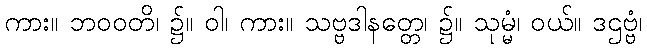
ကား။ ဘဝဝတိ၊ ၌။ ဝါ၊ ကား။ သဗ္ဗဒါနတ္တေ၊ ၌။ သုမ္မံ၊ ဝယ်။ ဒဌဗ္ဗံ၊